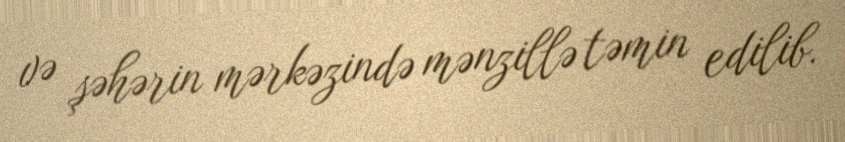
və şəhərin mərkəzində mənzillə təmin edilib.